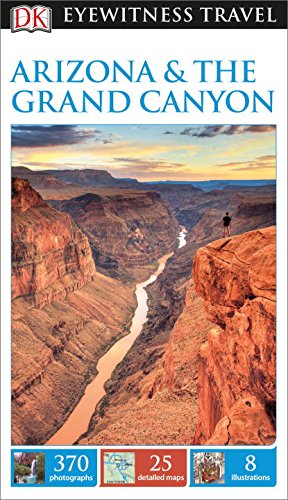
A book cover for DK Eyewitness Travel Guide: Arizona & the Grand Canyon; DK Publishing; Travel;